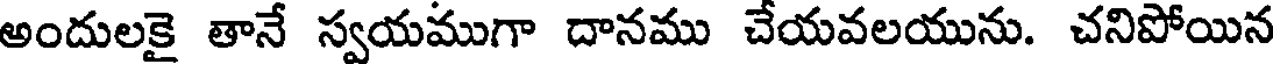
అందులకై తానే స్వయముగా దానము చేయవలయును. చనిపోయిన